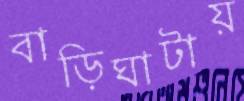
বাড়িঘাটায়